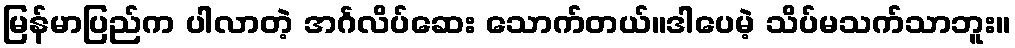
မြန်မာပြည်က ပါလာတဲ့ အင်္ဂလိပ်ဆေး သောက်တယ်။ဒါပေမဲ့ သိပ်မသက်သာဘူး။